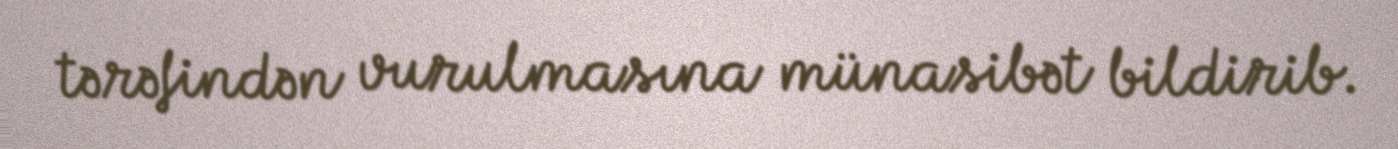
tərəfindən vurulmasına münasibət bildirib.